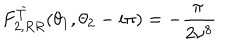
LaTeX: F _ { 2 , R R } ^ { \bar { T } } ( \theta _ { 1 } , \theta _ { 2 } - i \pi ) = - \frac { \pi \, } { 2 \nu ^ { 8 } }